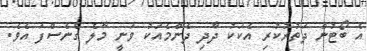
އެ ބޯޓުން ދަތުރުކުރި އެކަކު ދާދި ދެންމެއަކު ވަނީ މާލެ ގެނެސްފަ އެވެ.